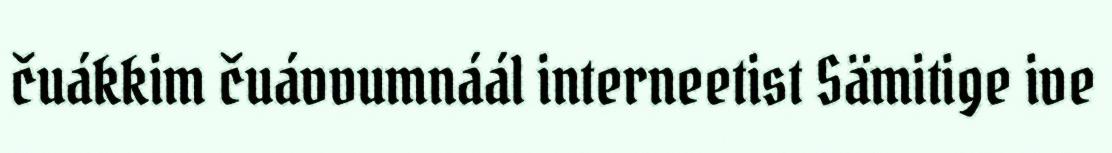
čuákkim čuávvumnáál interneetist Sämitige ive